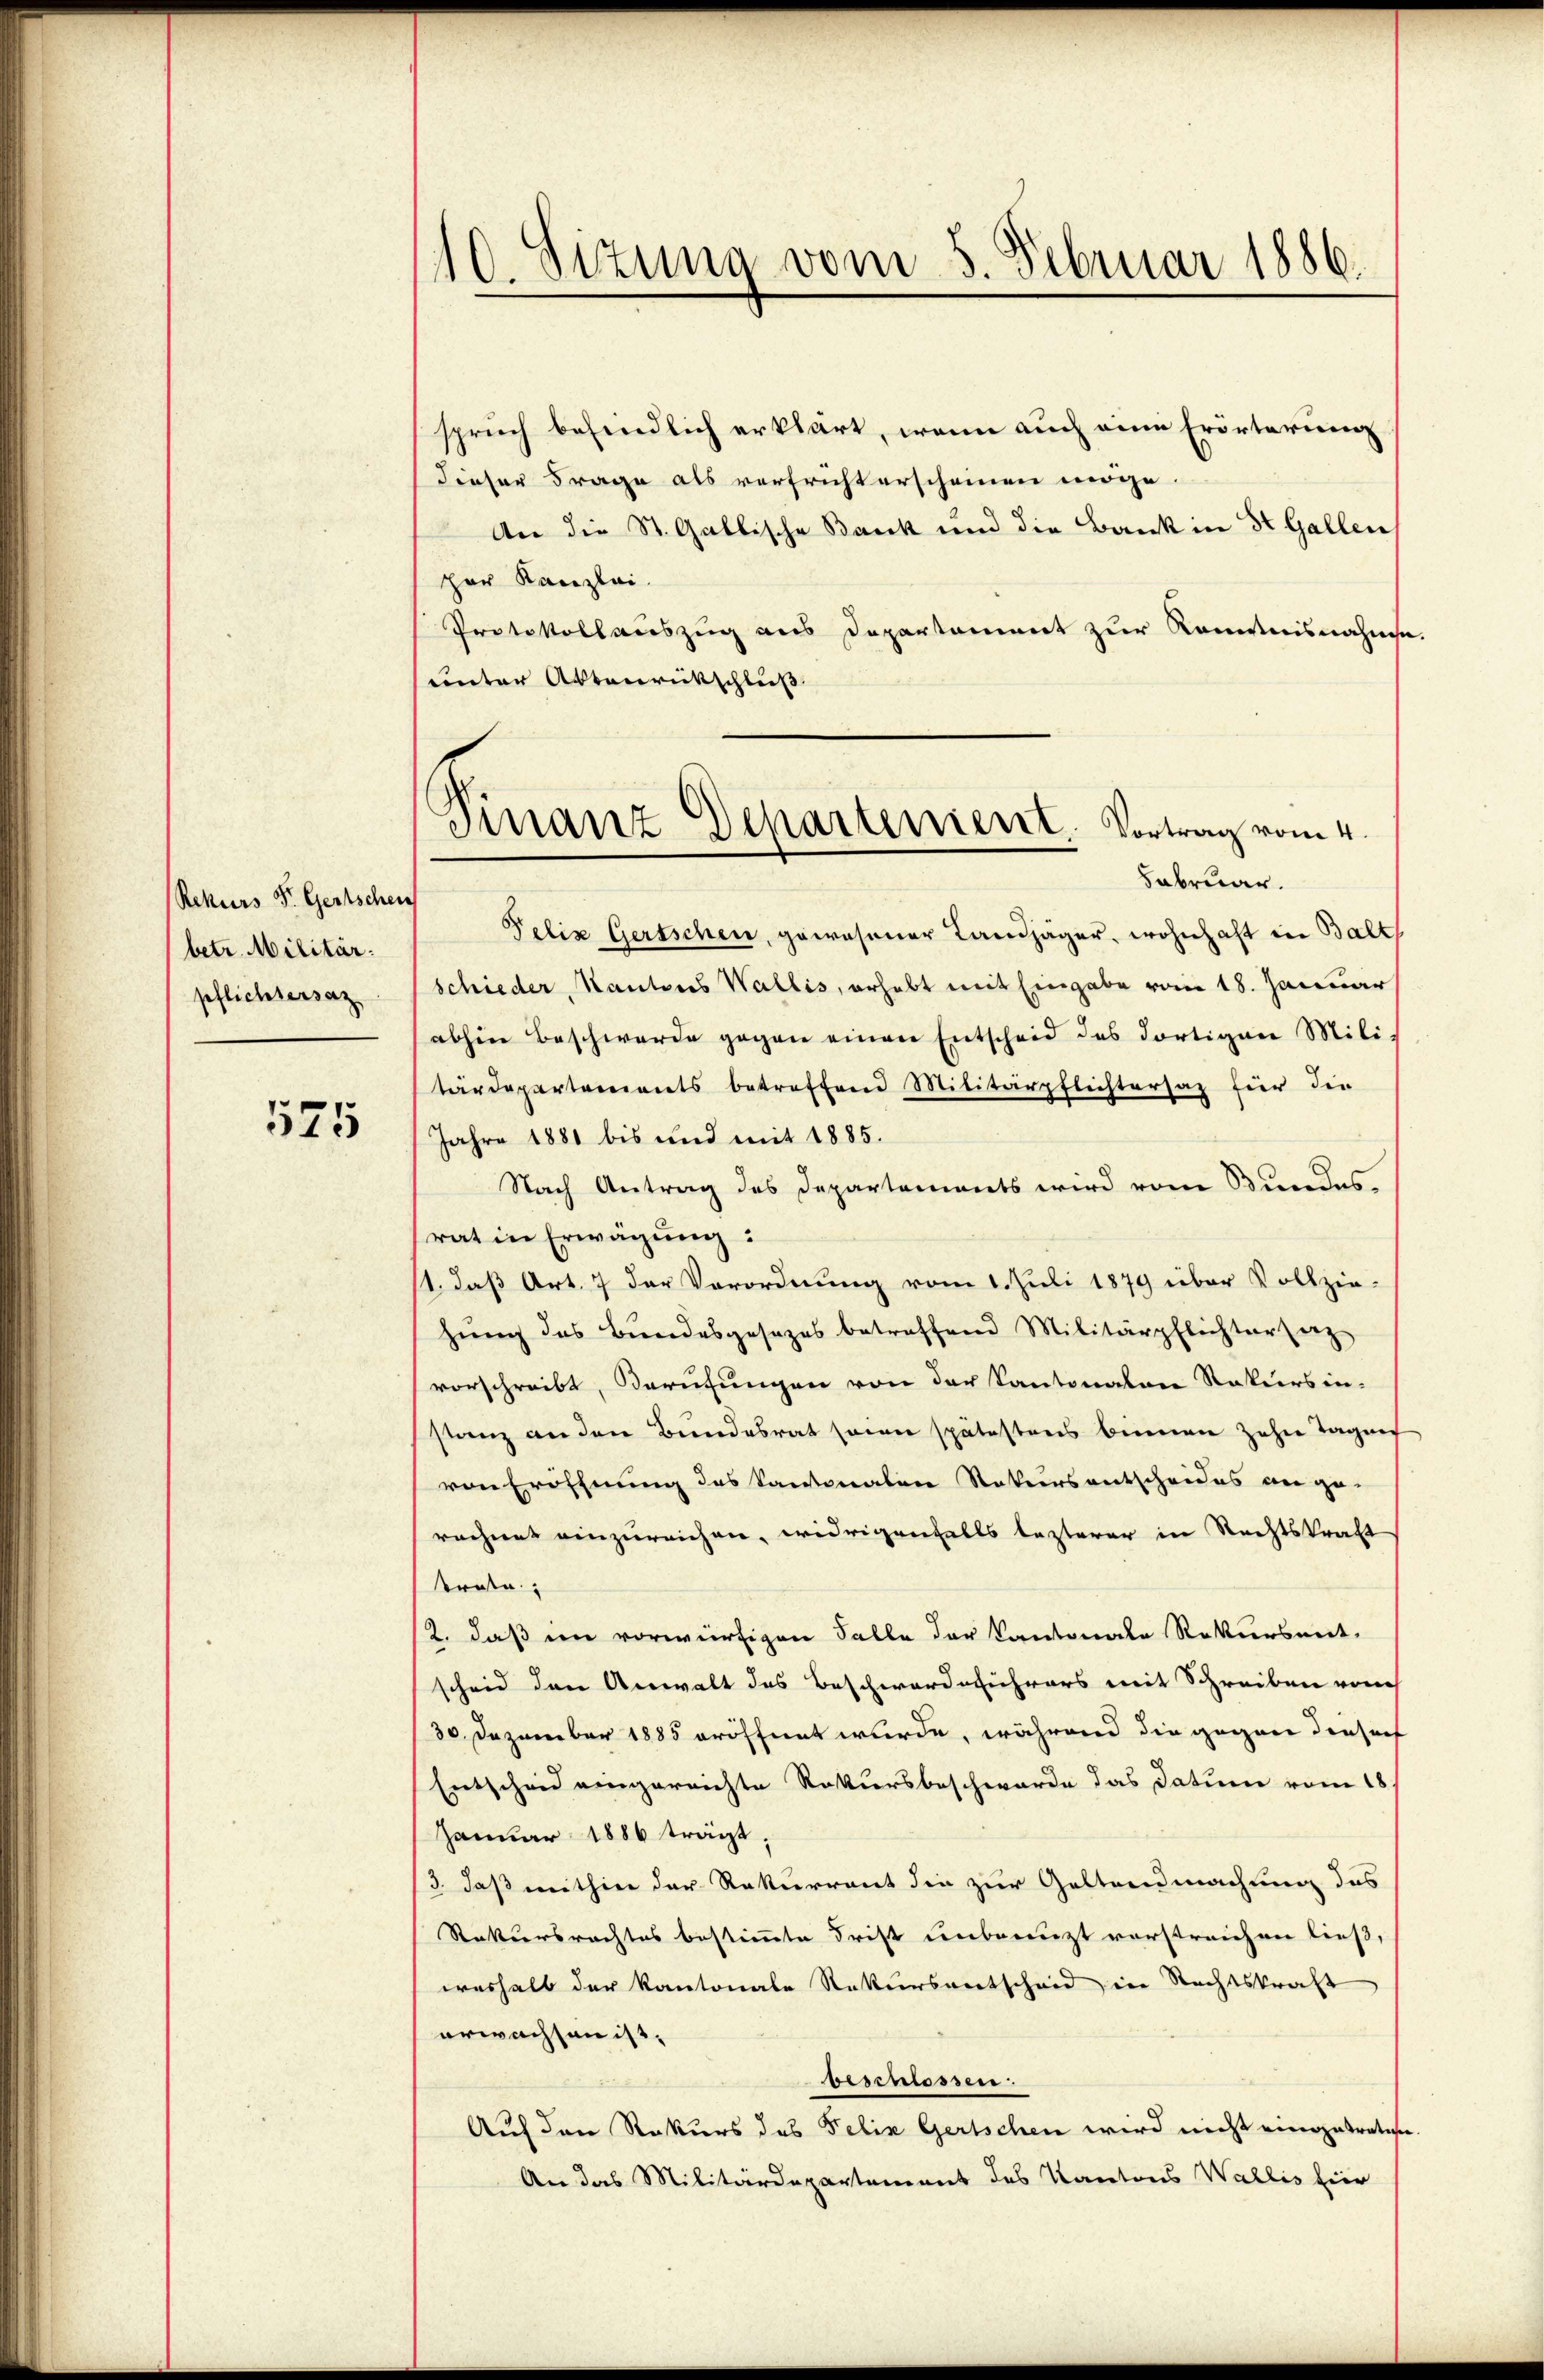
Rekurs F. Gertschen
betr. Militär.
pflichtersaz

575

10. Sizung vom 5. Februar 1886.

spruch befindlich erklärt, wenn auch eine Erörterung
dieser Frage als verfricht erscheinen möge.
An die St. Gallische Bank und die Bank in St. Gallen
per Kanzlei.
Protokollauszug aus Departament zur Kenntnisnahmse
unter Aktenrückschluß
Felix Gertschen, gewesener Landjäger, wohnhaft in Balt
schieder, Kantons Wallis, erhebt mit Eingabe vom 18. Januar
abhin Beschwerde gegen einen Entscheid des dortigen Mili-
tärdepartements betreffend Militärpflichtersaz für die
Jahre 1881 bis und mit 1885.
Nach Antrag des Departements wird vom Bundes.
rat in Erwägung:
11. daß Art. 7 der Verordnung vom 1. Juli 1879 über Vollzie-
hung des Bundesgesezes betreffend Militärpflichtersetz
vorschreibt, Berufungen von der Kantonalen Rekursin-
stanz an den Bundesrat seien spätestens binnen zehn Tagen
von Eröffnung des Kantonalen Rekursentscheides an ge-
rechent einzureichen, widrigenfalls lezterer in Rechtskraft
träte:
(2. daß im vorwürfigen Falle der Kantonale Rekurseit-
scheid den Anwalt des Beschwerde ihrers mit Schreiben vom
30. Dezember 1885 eröffent wurde, während die gegen diesers
Entscheid eingereichte Rekursbeschwerde das Datum vom 18
Januar 1886 trägt,
3. daß mithin der Rekurrent die zur Geltendmachung des
Rekursrechtes bestimmte Frist unbenuzt vorstreichen ließ,
weshalb der Kantonale Rekursentscheid in Rechtskraft
erwachsen ist. |
beschlossen.
Auf den Rekurs des Felix Gertschen wird nicht eingetreten.
An das Militärdepartement des Kantons Wallis hier

Finanz-Departement. Vortrag vom 4.
Februar.